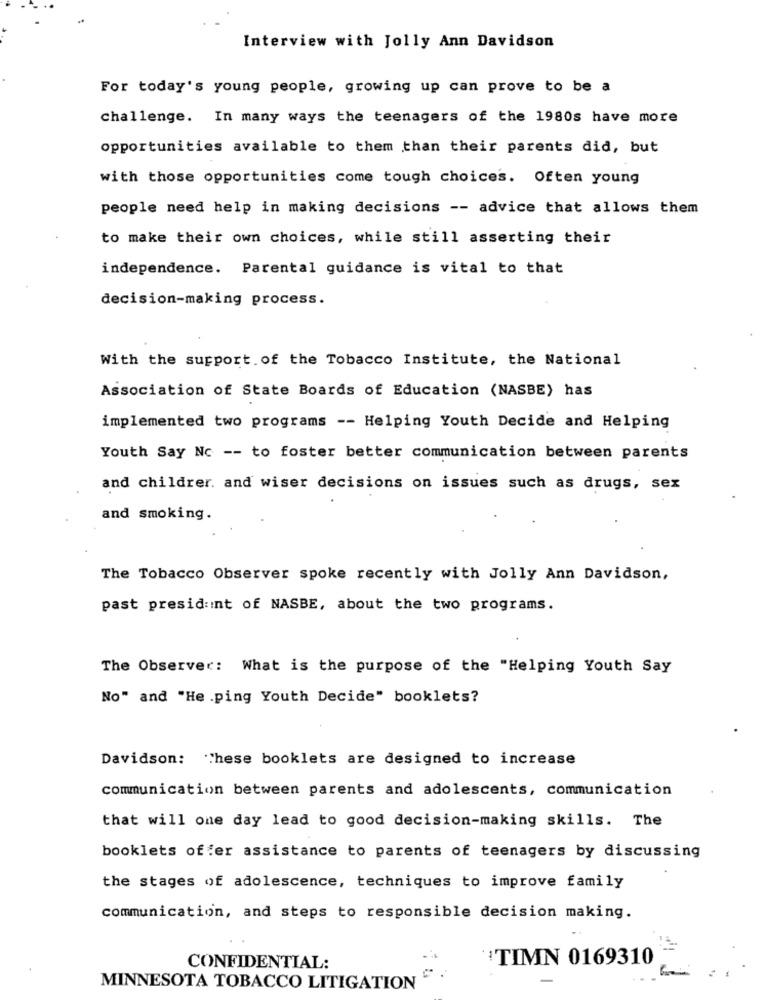
Interview with Jolly Ann Davidson
For today's young people, growing up can prove to be a
challenge. In many ways the teenagers of the 1980s have more
opportunities available to them than their parents did, but
with those opportunities come tough choices. Often young
people need help in making decisions -- advice that allows them
to make their own choices, while still asserting their
independence. Parental guidance is vital to that
decision-making process.
With the support of the Tobacco Institute, the National
Association of State Boards of Education (NASBE) has
implemented two programs -- Helping Youth Decide and Helping
Youth Say No -- to foster better communication between parents
and childrer. and wiser decisions on issues such as drugs, sex
and smoking.
The Tobacco Observer spoke recently with Jolly Ann Davidson,
past president of NASBE, about the two programs.
The Observer: What is the purpose of the "Helping Youth Say
No" and "He .ping Youth Decide" booklets?
Davidson: "These booklets are designed to increase
communication between parents and adolescents, communication
that will one day lead to good decision-making skills. The
booklets offer assistance to parents of teenagers by discussing
the stages of adolescence, techniques to improve family
communication, and steps to responsible decision making.
TIMN 0169310
CONFIDENTIAL:
MINNESOTA TOBACCO LITIGATION